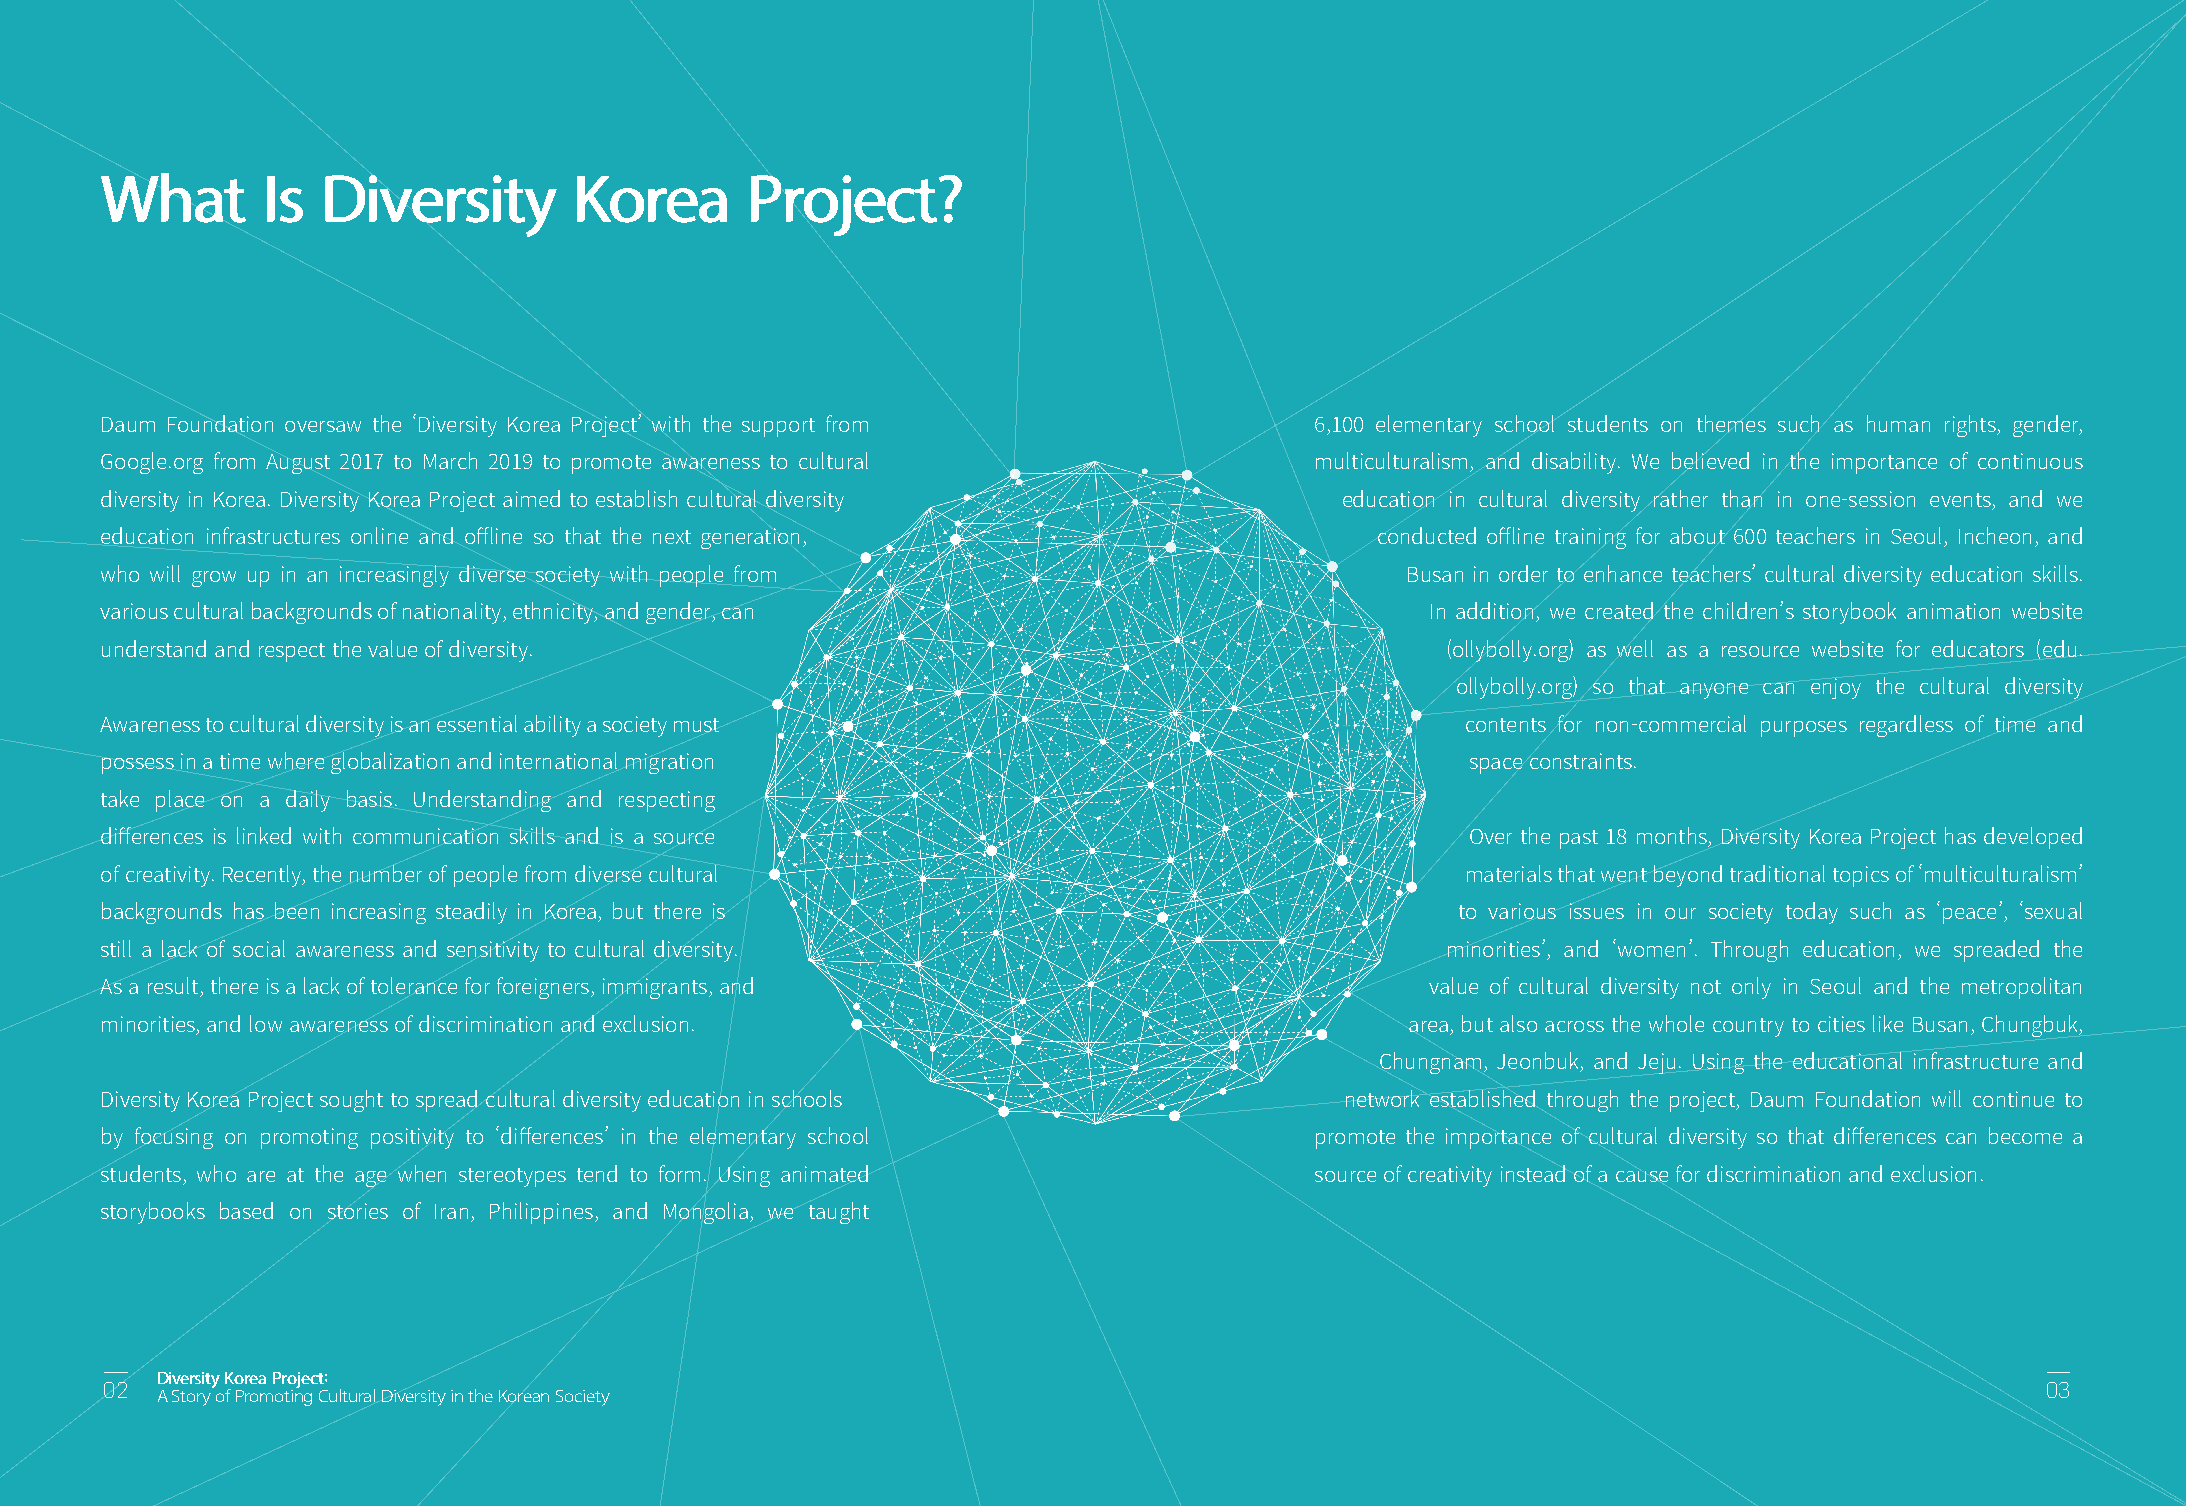
What      Is  Diversity        Korea      Project?
 Daum Foundation oversaw the ‘Diversity Korea Project’ with the support from     6,100 elementary school students on themes such as human rights, gender,
 Google.org from August 2017 to March 2019 to promote awareness to cultural      multiculturalism, and disability. We believed in the importance of continuous
 diversity in Korea. Diversity Korea Project aimed to establish cultural diversity education in cultural diversity rather than in one-session events, and we
 education infrastructures online and offline so that the next generation,           conducted offline training for about 600 teachers in Seoul, Incheon, and
 who will grow up in an increasingly diverse society with people from                  Busan in order to enhance teachers’ cultural diversity education skills.
 various cultural backgrounds of nationality, ethnicity, and gender, can                 In addition, we created the children’s storybook animation website
 understand and respect the value of diversity.                                           (ollybolly.org) as well as a resource website for educators (edu.
 ollybolly.org) so that anyone can enjoy the cultural diversity
 Awareness to cultural diversity is an essential ability a society must                    contents for non-commercial purposes regardless of time and
 possess in a time where globalization and international migration                         space constraints.
 take place on a daily basis. Understanding and respecting
 differences is linked with communication skills and is a source                           Over the past 18 months, Diversity Korea Project has developed
 of creativity. Recently, the number of people from diverse cultural                       materials that went beyond traditional topics of ‘multiculturalism’
 backgrounds has been increasing steadily in Korea, but there is                           to various issues in our society today such as ‘peace’, ‘sexual
 still a lack of social awareness and sensitivity to cultural diversity.                  minorities’, and ‘women’. Through education, we spreaded the
 As a result, there is a lack of tolerance for foreigners, immigrants, and               value of cultural diversity not only in Seoul and the metropolitan
 minorities, and low awareness of discrimination and exclusion.                        area, but also across the whole country to cities like Busan, Chungbuk,
 Chungnam, Jeonbuk, and Jeju. Using the educational infrastructure and
 Diversity Korea Project sought to spread cultural diversity education in schools  network established through the project, Daum Foundation will continue to
 by focusing on promoting positivity to ‘differences’ in the elementary school   promote the importance of cultural diversity so that differences can become a
 students, who are at the age when stereotypes tend to form. Using animated      source of creativity instead of a cause for discrimination and exclusion.
 storybooks based on stories of Iran, Philippines, and Mongolia, we taught
 Diversity Korea Project:
 02                                                                                                                              03
 A Story of Promoting Cultural Diversity in the Korean Society